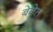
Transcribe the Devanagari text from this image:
बेनेत